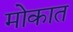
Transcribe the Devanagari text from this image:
मोकात